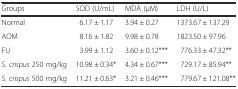
<table><thead><tr><td><b>Groups</b></td><td><b>SOD (U/mL)</b></td><td><b>MDA (μM)</b></td><td><b>LDH (U/L)</b></td></tr></thead><tbody><tr><td>Normal</td><td>6.17 ± 1.17</td><td>3.94 ± 0.27</td><td>1373.67 ± 137.29</td></tr><tr><td>AOM</td><td>8.16 ± 1.82</td><td>9.98 ± 0.78</td><td>1823.50 ± 97.96</td></tr><tr><td>FU</td><td>3.99 ± 1.12</td><td>3.60 ± 0.12***</td><td>776.33 ± 47.32**</td></tr><tr><td><i>S. crispus</i> 250 mg/kg</td><td>10.98 ± 0.34*</td><td>4.34 ± 0.67***</td><td>729.17 ± 85.94**</td></tr><tr><td><i>S. crispus</i> 500 mg/kg</td><td>11.21 ± 0.63*</td><td>3.21 ± 0.46***</td><td>779.67 ± 121.08**</td></tr></tbody></table>